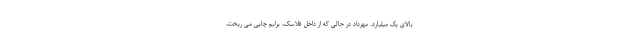
بالای یک میلیارد. مهرداد در حالی که از داخل فلاسک، برایم چایی می ریخت،